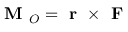
{ \textbf { M } } _ { O } = { \textbf { r } } \times { \textbf { F } }